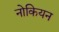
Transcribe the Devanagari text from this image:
नोकियन